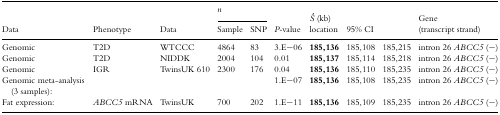
<table><thead><tr><td></td><td></td><td></td><td colspan="2"><b><i>n</i></b></td><td></td><td></td><td colspan="2"></td><td></td></tr><tr><td><b>Data</b></td><td><b>Phenotype</b></td><td><b>Data</b></td><td><b>Sample</b></td><td><b>SNP</b></td><td><b><i>P-</i>value</b></td><td><b><i>Ŝ</i> (kb) location</b></td><td colspan="2"><b>95% CI</b></td><td><b>Gene (transcript strand)</b></td></tr></thead><tbody><tr><td>Genomic</td><td>T2D</td><td>WTCCC</td><td>4864</td><td>83</td><td>3.E−06</td><td><b>185,136</b></td><td>185,108</td><td>185,215</td><td>intron 26 <i>ABCC5</i> (−)</td></tr><tr><td>Genomic</td><td>T2D</td><td>NIDDK</td><td>2004</td><td>104</td><td>0.01</td><td><b>185,137</b></td><td>185,114</td><td>185,218</td><td>intron 26 <i>ABCC5</i> (−)</td></tr><tr><td>Genomic</td><td>IGR</td><td>TwinsUK 610</td><td>2300</td><td>176</td><td>0.04</td><td><b>185,136</b></td><td>185,110</td><td>185,235</td><td>intron 26 <i>ABCC5</i> (−)</td></tr><tr><td>Genomic meta-analysis (3 samples):</td><td></td><td></td><td></td><td></td><td>1.E−07</td><td><b>185,136</b></td><td>185,108</td><td>185,235</td><td>intron 26 <i>ABCC5</i> (−)</td></tr><tr><td>Fat expression:</td><td><i>ABCC5</i> mRNA</td><td>TwinsUK</td><td>700</td><td>202</td><td>1.E−11</td><td><b>185,136</b></td><td>185,109</td><td>185,235</td><td>intron 26 <i>ABCC5</i> (−)</td></tr></tbody></table>